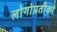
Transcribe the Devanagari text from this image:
लोगोप्रतीकों